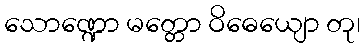
သောဏ္ဍော မတ္တော ဝိဓေယျော တု၊